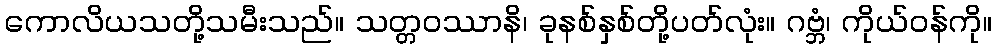
ကောလိယသတို့သမီးသည်။ သတ္တဝဿာနိ၊ ခုနစ်နှစ်တို့ပတ်လုံး။ ဂဗ္ဘံ၊ ကိုယ်ဝန်ကို။